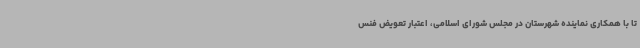
تا با همکاری نماینده شهرستان در مجلس شورای اسلامی، اعتبار تعویض فنس